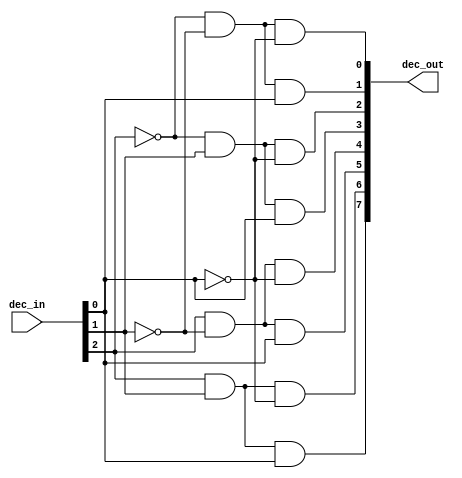
// Module for decoder 

module decoder3to8(dec_in, dec_out);
	
	input [2:0] dec_in;				// 3-bit input bus for decoder
	output [7:0] dec_out;			// 8-bit input bus for decoder
	wire [7:0] dec_out;

	assign dec_out[0] = (~dec_in[2]) & (~dec_in[1]) & (~dec_in[0]); 	// 0 = 000
	assign dec_out[1] = (~dec_in[2] & (~dec_in[1]) & dec_in[0] ); 		// 1 = 001
	assign dec_out[2] = (~dec_in[2]) & dec_in[1] & (~dec_in[0]) ;		// 2 = 010
	assign dec_out[3] = (~dec_in[2]) & dec_in[1] &  dec_in[0]; 			// 3 = 011
	assign dec_out[4] = dec_in[2] & (~dec_in[1]) & (~dec_in[0]) ;		// 4 = 100
	assign dec_out[5] = dec_in[2] & (~dec_in[1]) & dec_in[0] ;			// 5 = 101
	assign dec_out[6] = dec_in[2] & dec_in[1] & (~dec_in[0]);			// 6 = 110
	assign dec_out[7] = dec_in[2] & dec_in[1] & dec_in[0];				// 7 = 111

	
endmodule